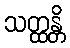
သတ္ထန္တိ